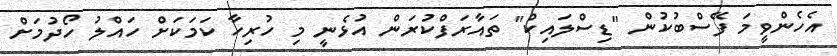
އެހެންވީމަ ފޭސްބުކުން "ޑިސްލައިކް" ތައާރަފްކުރަން އުޅެނީ މި ހުރިހާ ކަމަކަށް ހައްލު ހޯދުމަށް